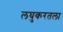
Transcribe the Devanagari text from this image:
लघुकरतला